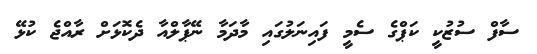
ސާފް ސުޒުކީ ކަޕްގެ ސެމީ ފައިނަލުގައި މާދަމާ ނޭޕާލްއާ ދެކޮޅަށް ރާއްޖެ ކުޅޭ